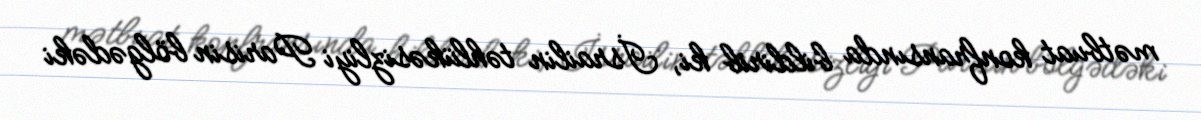
mətbuat konfransında bildirib ki, İsrailin təhlükəsizliyi Parisin bölgədəki